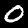
Label: 0